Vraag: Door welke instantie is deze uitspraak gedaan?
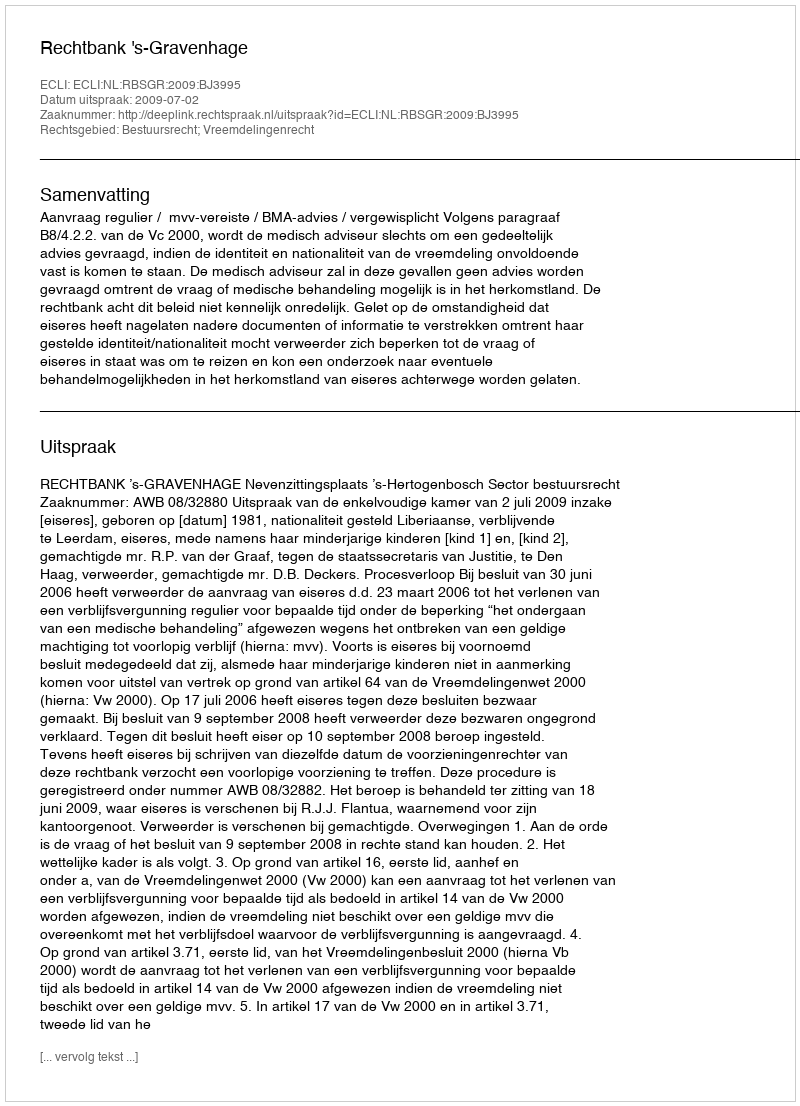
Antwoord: Rechtbank 's-Gravenhage